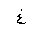
Letter: _gayn